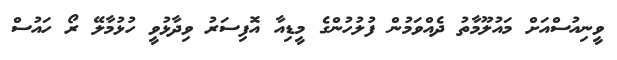
ވީނިއުސްއަށް މައުލޫމާތު ދެއްވަމުން ފުލުހުންގެ މީޑިއާ އޮފިސަރު ވިދާޅުވީ ހުޅުމާލޭ ރޯ ހައުސް